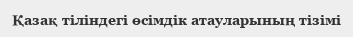
Қазақ тіліндегі өсімдік атауларының тізімі